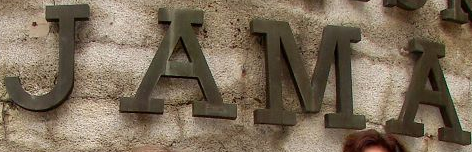
JAMA